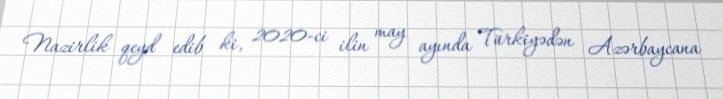
Nazirlik qeyd edib ki, 2020-ci ilin may ayında Türkiyədən Azərbaycana